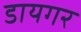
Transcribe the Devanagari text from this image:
डायगर